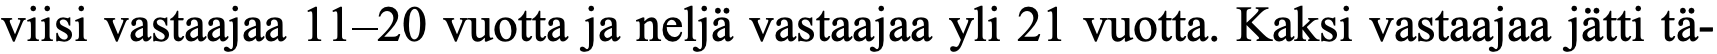
viisi vastaajaa 11–20 vuotta ja neljä vastaajaa yli 21 vuotta. Kaksi vastaajaa jätti tä-